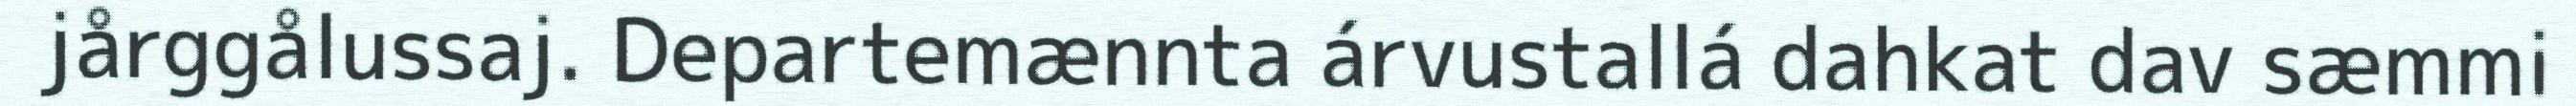
jårggålussaj. Departemænnta árvustallá dahkat dav sæmmi